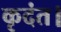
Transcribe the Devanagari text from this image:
कृदंत।